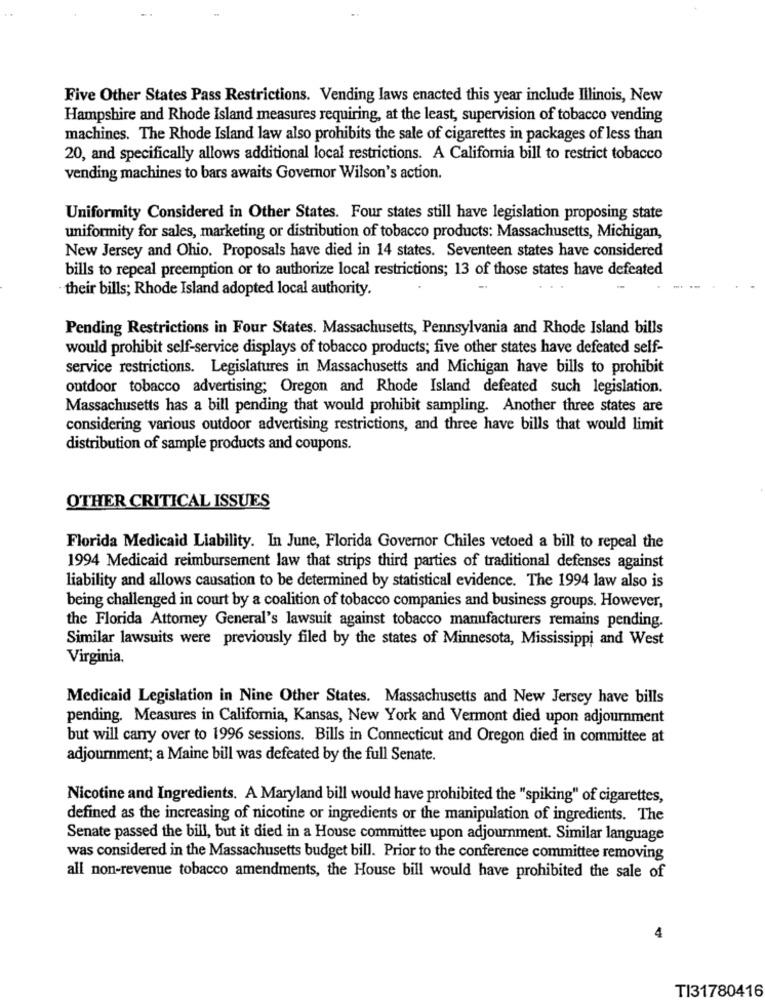
Five Other States Pass Restrictions. Vending laws enacted this year include Illinois, New
Hampshire and Rhode Island measures requiring, at the least, supervision of tobacco vending
machines. The Rhode Island law also prohibits the sale of cigarettes in packages of less than
20, and specifically allows additional local restrictions. A California bill to restrict tobacco
vending machines to bars awaits Governor Wilson's action.
Uniformity Considered in Other States. Four states still have legislation proposing state
uniformity for sales, marketing or distribution of tobacco products: Massachusetts, Michigan,
New Jersey and Ohio. Proposals have died in 14 states. Seventeen states have considered
bills to repeal preemption or to authorize local restrictions; 13 of those states have defeated
their bills; Rhode Island adopted local authority.
Pending Restrictions in Four States. Massachusetts, Pennsylvania and Rhode Island bills
would prohibit self-service displays of tobacco products; five other states have defeated self-
service restrictions. Legislatures in Massachusetts and Michigan have bills to prohibit
outdoor tobacco advertising; Oregon and Rhode Island defeated such legislation.
Massachusetts has a bill pending that would prohibit sampling. Another three states are
considering various outdoor advertising restrictions, and three have bills that would limit
distribution of sample products and coupons.
OTHER CRITICAL ISSUES
Florida Medicaid Liability. In June, Florida Governor Chiles vetoed a bill to repeal the
1994 Medicaid reimbursement law that strips third parties of traditional defenses against
liability and allows causation to be determined by statistical evidence. The 1994 law also is
being challenged in court by a coalition of tobacco companies and business groups. However,
the Florida Attorney General's lawsuit against tobacco manufacturers remains pending.
Similar lawsuits were previously filed by the states of Minnesota, Mississippi and West
Virginia.
Medicaid Legislation in Nine Other States. Massachusetts and New Jersey have bills
pending. Measures in California, Kansas, New York and Vermont died upon adjournment
but will cany over to 1996 sessions. Bills in Connecticut and Oregon died in committee at
adjournment; a Maine bill was defeated by the full Senate.
Nicotine and Ingredients. A Maryland bill would have prohibited the "spiking" of cigarettes,
defined as the increasing of nicotine or ingredients or the manipulation of ingredients. The
Senate passed the bill, but it died in a House committee upon adjourment. Similar language
was considered in the Massachusetts budget bill. Prior to the conference committee removing
all non-revenue tobacco amendments, the House bill would have prohibited the sale of
4
TI31780416